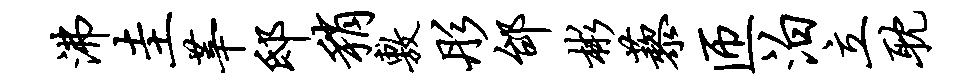
沸圭莘邸稍敷彤邰彬藜匝泊立耽